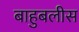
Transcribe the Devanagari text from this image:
बाहुबलीस